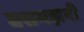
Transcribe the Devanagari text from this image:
बसमझनी